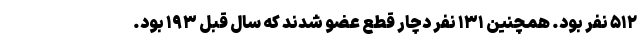
۵۱۲ نفر بود. همچنین ۱۳۱ نفر دچار قطع عضو شدند که سال قبل ۱۹۳ بود.